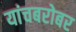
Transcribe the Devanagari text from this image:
यांचबरोबर